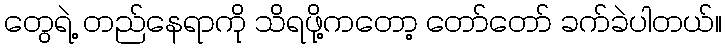
တွေရဲ့ တည်နေရာကို သိရဖို့ကတော့ တော်တော် ခက်ခဲပါတယ်။